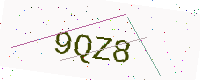
Text: 9QZ8